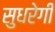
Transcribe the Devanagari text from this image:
सुधरेगी